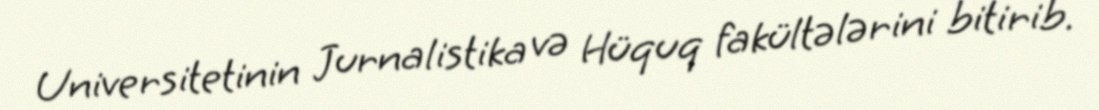
Universitetinin Jurnalistika və Hüquq fakültələrini bitirib.